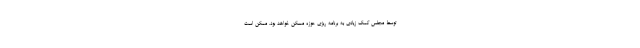
توسط مجلس کمک زیادی به برنامه ریزی حوزه مسکن خواهد بود. ممکن است